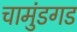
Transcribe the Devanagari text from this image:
चामुंडगड